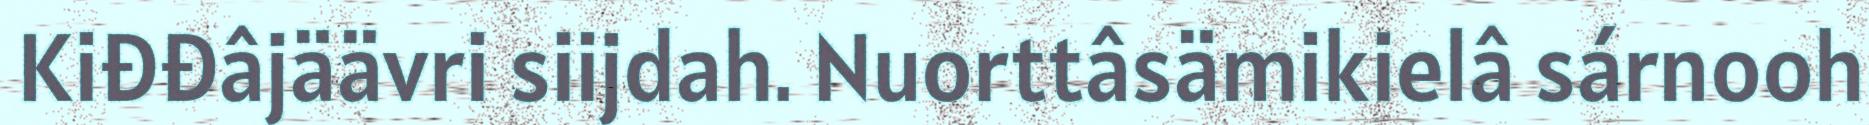
Kiđđâjäävri siijdah. Nuorttâsämikielâ sárnooh